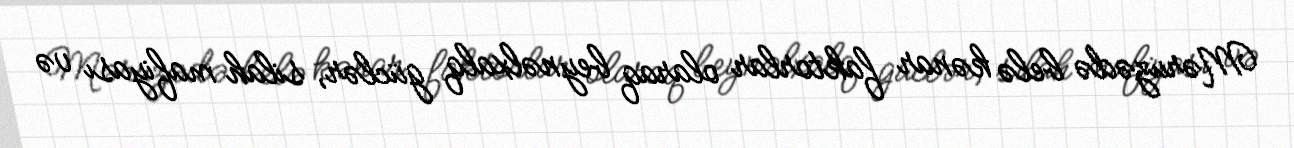
Məruzədə belə kənar faktorlar olaraq beynəlxalq güclər, silah mafiyası və